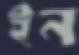
ইন